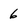
Character: 6